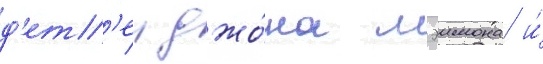
д'ет'еи джо́на мэимона и́